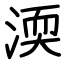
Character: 渜